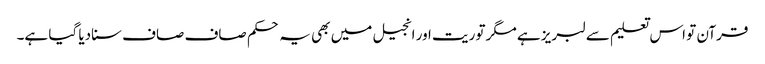
قرآن تو اس تعلیم سے لبریز ہے مگر توریت اور انجیل میں بھی یہ حکم صاف صاف سنادیا گیا ہے۔